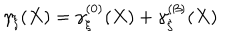
\gamma _ { \xi } ( X ) = \gamma _ { \xi } ^ { ( 0 ) } ( X ) + \gamma _ { \xi } ^ { ( \beta ) } ( X )